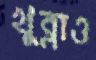
খুব্‌লাও